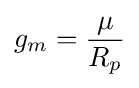
g_{m}={\mu  \over R_{p}}